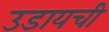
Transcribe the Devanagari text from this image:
उडायची